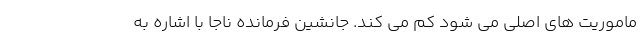
ماموریت های اصلی می شود کم می کند. جانشین فرمانده ناجا با اشاره به